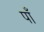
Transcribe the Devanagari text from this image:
पाँ